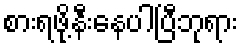
စားရဖို့နီးနေပါပြီဘုရား